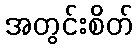
အတွင်းစိတ်